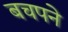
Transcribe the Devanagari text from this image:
बचपने